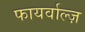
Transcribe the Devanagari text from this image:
फायर्वाल्ज़